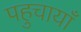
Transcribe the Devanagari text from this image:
पहुचायाँ